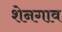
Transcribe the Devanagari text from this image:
शेनगाव